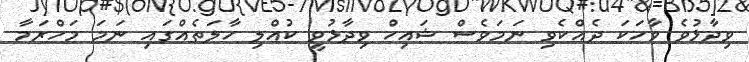
ވިދާޅުވެ ވާހަކަ ދެއްކެވި ނަމަވެސް ޝައިހް ވިދާޅުވީ ކުއްލި ހާލަތެއްގައި ނަމަ މަހްރަމާ